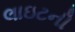
લાઇટની